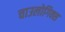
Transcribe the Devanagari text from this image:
चाउलोगिक्स